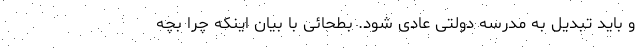
و باید تبدیل به مدرسه دولتی عادی شود. بطحائی با بیان اینکه چرا بچه